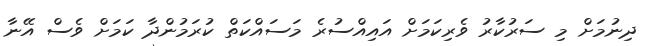
ދިނުމަށް މި ސަރުކާރު ވެރިކަމަށް އައިއްސުރެ މަސައްކަތް ކުރަމުންދާ ކަމަށް ވެސް އޭނާ